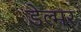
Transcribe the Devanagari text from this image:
डेल्मर